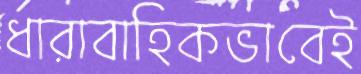
ধারাবাহিকভাবেই